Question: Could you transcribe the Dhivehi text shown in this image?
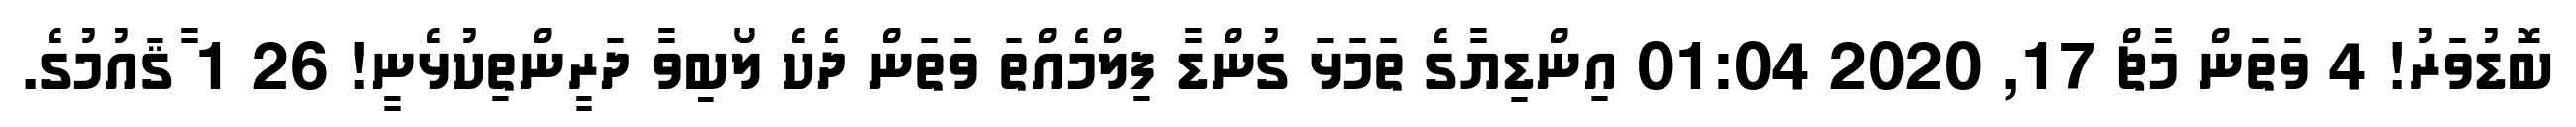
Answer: ބޮޑުވަރު! 4 ވަތަން މާޗް 17, 2020 01:04 އިންޑިޔާގެ ތަމަޅަ ގުންޑާ ފިލްމެއްތަ ވަތަން ދެކެ ލޯބިވާ ދަރީންތިކުޅެނީ! 26 1 ާޤައުމުގެ.